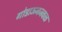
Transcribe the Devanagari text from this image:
गोडाऊनजवळ